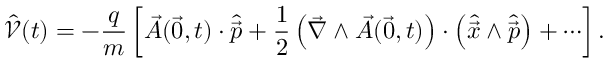
\mathcal { \hat { V } } ( t ) = - \frac { q } { m } \left[ \vec { A } ( \vec { 0 } , t ) \cdot \hat { \vec { p } } + \frac { 1 } { 2 } \left( \vec { \nabla } \wedge \vec { A } ( \vec { 0 } , t ) \right) \cdot \left( \hat { \vec { x } } \wedge \hat { \vec { p } } \right) + \cdots \right] .